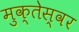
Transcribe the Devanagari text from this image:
मुक्तेस्वर